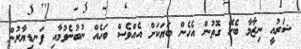
ޝަރުއީ ނިޒާމާ ބެހޭ ގޮތުން އެހެން ބަޔަކަށް އެއްވެސް ބަހެއް ނުބުނެވުމާއި ފަނޑިޔާރުން